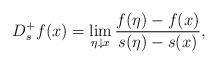
LaTeX: \begin{align*}D^+_{s}f(x) = \lim_{\eta\downarrow x}\frac{f(\eta)-f(x)}{s(\eta)-s(x)},\end{align*}